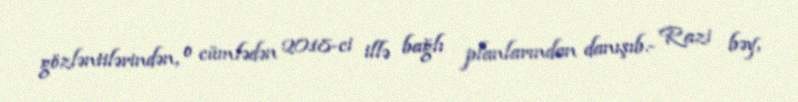
gözləntilərindən, o cümlədən 2018-ci illə bağlı planlarından danışıb.- Razi bəy,